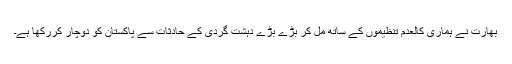
بھارت نے ہماری کالعدم تنظیموں کے ساتھ مل کر بڑے بڑے دہشت گردی کے حادثات سے پاکستان کو دوچار کررکھا ہے۔